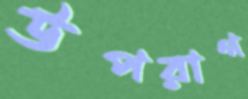
উপরাগ